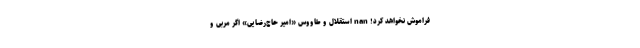
فراموش نخواهد کرد! nan استقلال و طاووس «امیر حاج‌رضایی» اگر مربی و